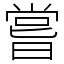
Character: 嘗